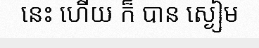
នេះ ហើយ ក៏ បាន ស្ងៀម